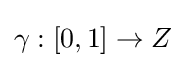
\gamma :[0,1]\rightarrow Z